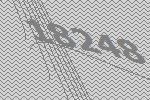
18248